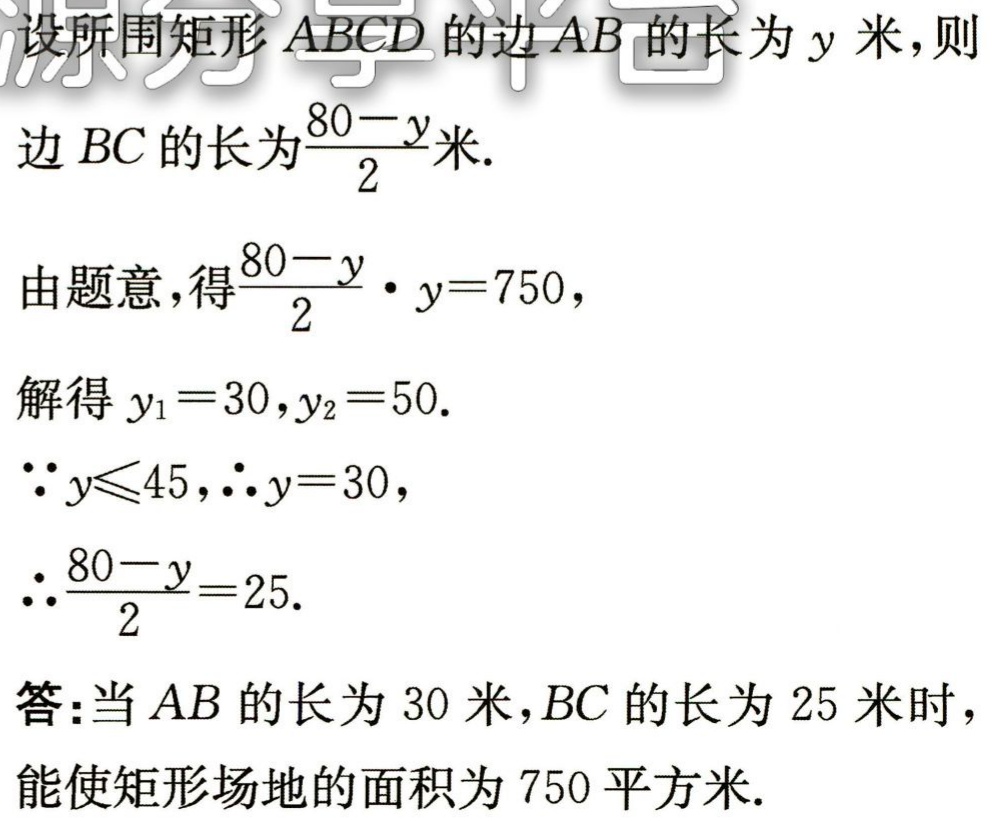
设所围矩形 \(ABCD\) 的边 \(AB\) 的长为 \(y\) 米，则
边 \(BC\) 的长为\(\frac{80 - y}{2}\)米.
由题意，得\(\frac{80 - y}{2}\cdot y = 750\)，
解得 \(y_1 = 30,y_2 = 50\).
\(\because y\leqslant45,\therefore y = 30\)，
\(\therefore\frac{80 - y}{2}=25\).
答：当 \(AB\) 的长为 \(30\) 米，\(BC\) 的长为 \(25\) 米时，能使矩形场地的面积为 \(750\) 平方米.